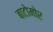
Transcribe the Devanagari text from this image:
बाटोमोर